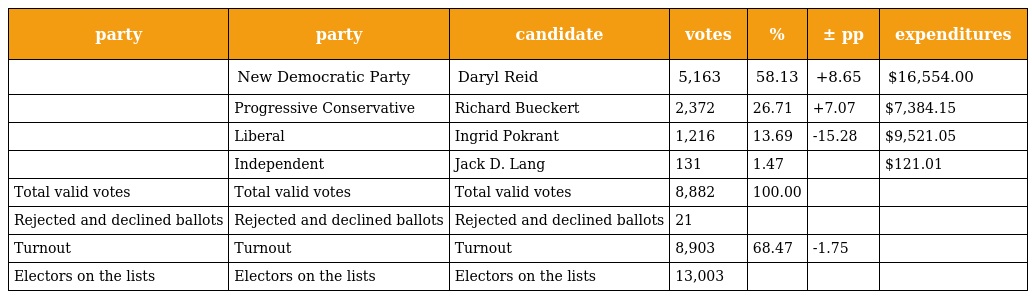
| party | party | candidate | votes | % | ± pp | expenditures |
 | --- | --- | --- | --- | --- | --- | --- |
 |  | New Democratic Party | Daryl Reid | 5,163 | 58.13 | +8.65 | $16,554.00 |
 |  | Progressive Conservative | Richard Bueckert | 2,372 | 26.71 | +7.07 | $7,384.15 |
 |  | Liberal | Ingrid Pokrant | 1,216 | 13.69 | -15.28 | $9,521.05 |
 |  | Independent | Jack D. Lang | 131 | 1.47 |  | $121.01 |
 | Total valid votes | Total valid votes | Total valid votes | 8,882 | 100.00 |  |  |
 | Rejected and declined ballots | Rejected and declined ballots | Rejected and declined ballots | 21 |  |  |  |
 | Turnout | Turnout | Turnout | 8,903 | 68.47 | -1.75 |  |
 | Electors on the lists | Electors on the lists | Electors on the lists | 13,003 |  |  |  |